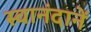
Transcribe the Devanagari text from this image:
स्वानंदानें